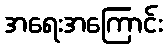
အရေးအကြောင်း